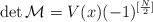
LaTeX: \begin{align*}\det {\cal M} = V(x) (-1)^{[\frac N2]}\end{align*}